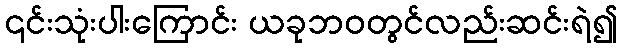
၎င်းသုံးပါးကြောင်း ယခုဘဝတွင်လည်းဆင်းရဲ၍